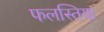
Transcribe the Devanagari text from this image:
फलस्तिया